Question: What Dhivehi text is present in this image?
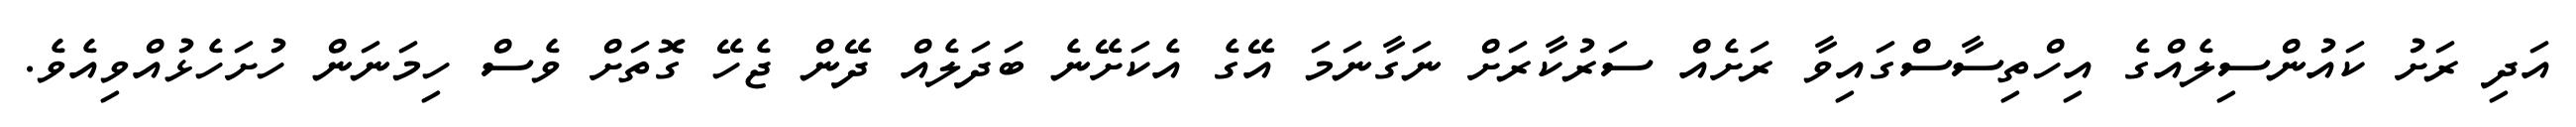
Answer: އަދި ރަށު ކައުންސިލެއްގެ އިހްތިސާސްގައިވާ ރަށެއް ސަރުކާރަށް ނަގާނަމަ އޭގެ އެކަށޭނެ ބަދަލެއް ދޭން ޖެހޭ ގޮތަށް ވެސް ހިމަނަން ހުށަހެޅުއްވިއެވެ.